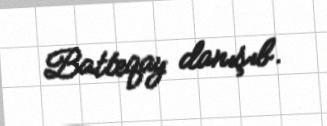
Batteqay danışıb.